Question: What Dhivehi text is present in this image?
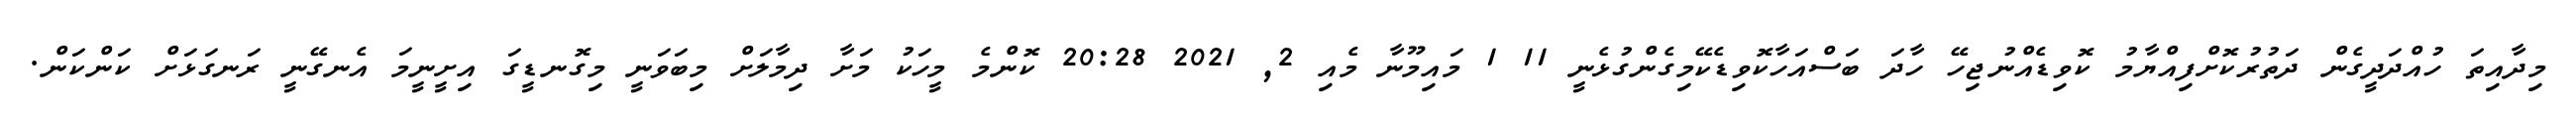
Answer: މިދާއިތަ ހުއްދަދީގެން ދަތުރުކޮށްފިއްޔާމު ކޮވިޑެއްނުޖިހޭ ހާދަ ބަސްއަހާކޮވިޑެކޭމިގެންގުޅެނީ 11 1 މައިމޫނާ މެއި 2, 2021 20:28 ކޮންމެ މީހަކު މަށާ ދިމާލަށް މިބަވަނީ މިގޮނޑީގަ އިށީނީމަ އެނގޭނީ ރަނގަޅަށް ކަންކަން.